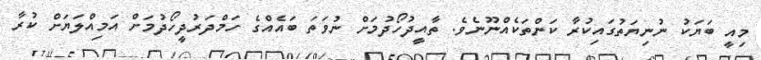
މިއީ ބަޔަކު ނުނިޔަތުގައިކުރާ ކަންތަކެއްނޫނެވެ. ތާއީދުހޯދުމަށް ނުވަތަ ބައެއްގެ ހަމްދަރުދީހޯދުމަށް އަމިއްލަޔަށް ކުރާ